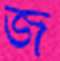
জ